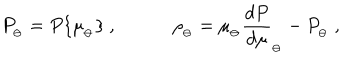
LaTeX: P _ { _ \ominus } = P \{ \mu _ { _ \ominus } \} \ , \qquad \quad \rho _ { _ \ominus } = \mu _ { _ \ominus } { \frac { d P } { d \mu } } _ { _ \ominus } - P _ { _ \ominus } \ ,